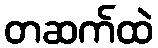
တဆက်ထဲ